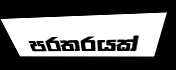
පරතරයක්